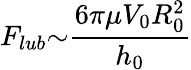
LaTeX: F_{lub}{\sim}\frac{6{\pi}{\mu}V_{0}R_{0}^{2}}{h_{0}}